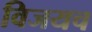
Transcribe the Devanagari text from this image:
विजयच